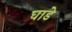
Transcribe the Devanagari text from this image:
घाडे